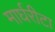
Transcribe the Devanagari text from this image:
मार्घरीटा